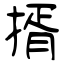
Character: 揟